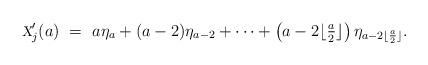
LaTeX: \begin{align*}\textsl{\footnotesize X}_j'(a) \ = \ a \eta_a + (a-2)\eta_{a-2} + \cdots + \left(a-2\lfloor \textstyle{\frac{a}{2}}\rfloor\right) \eta_{a-2\lfloor\frac{a}{2}\rfloor}.\end{align*}